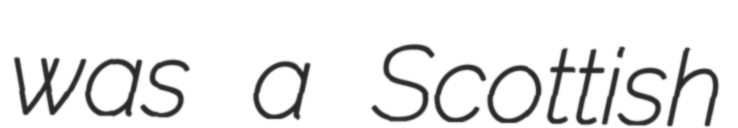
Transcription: was a Scottish